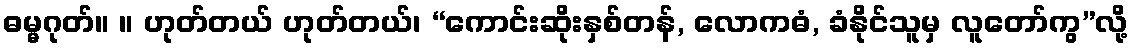
ဓမ္မဂုတ်။ ။ ဟုတ်တယ် ဟုတ်တယ်၊ “ကောင်းဆိုးနှစ်တန်, လောကဓံ, ခံနိုင်သူမှ လူတော်ကွ”လို့